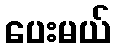
ပေးမယ်